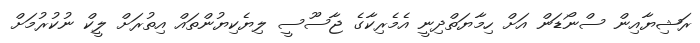
ރަޝިޔާއިން ސްނޯޑަން އަށް ހިމާޔަތްދިނީ އެމެރިކާގެ ޖާސޫސީ ލިޔެކިޔުންތައް އިތުރަށް ލީކް ނުކުރުމަށް